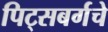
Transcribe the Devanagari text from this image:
पिट्सबर्गचे